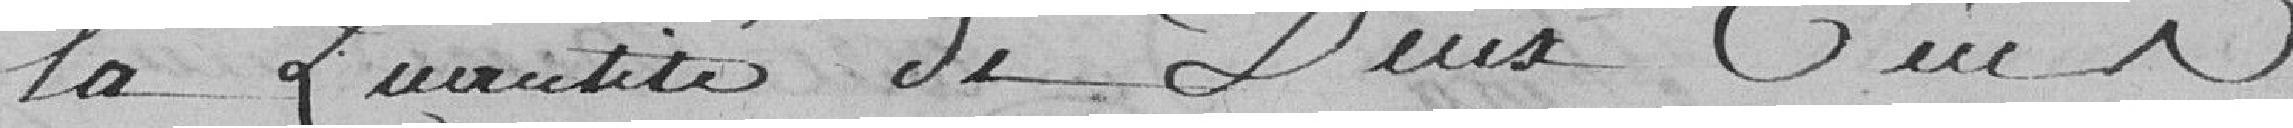
la Quantité de Deux Cent